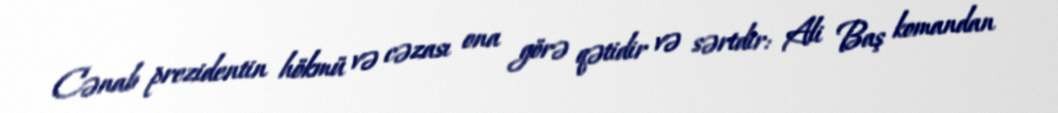
Cənab prezidentin hökmü və cəzası ona görə qətidir və sərtdir: Ali Baş komandan